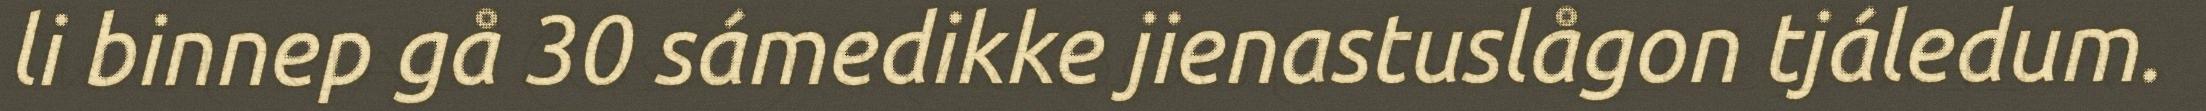
li binnep gå 30 sámedikke jienastuslågon tjáledum.